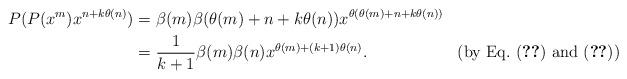
LaTeX: \begin{align*}P(P(x^m)x^{n+k\theta(n)})&=\beta(m)\beta(\theta(m)+n+k\theta(n))x^{\theta(\theta(m)+n+k\theta(n))}\\&=\frac{1}{k+1}\beta(m)\beta(n)x^{\theta(m)+(k+1)\theta(n)}. &(\hbox{by Eq.~\eqref{thetatheta(m)ktheta(n)n)} and \eqref{betathetsfsdsdetfsn}})\end{align*}